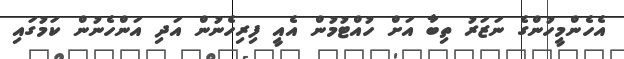
އެހެންމީހުންގެ ނަޒަރު ތިބާ އަށް ހުއްޓުމުން އެއީ ފިރިހެނުން އަދި އަންހެނުން ކަމުގައި